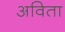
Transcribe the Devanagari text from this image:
अविता